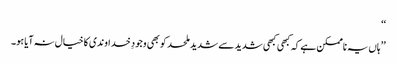
‘‘
’’ہاں یہ ناممکن ہے کہ کبھی کبھی شدید سے شدید ملحد کو بھی وجودِ خداوندی کا خیال نہ آیا ہو۔